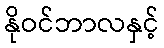
နိုဝင်ဘာလနှင့်